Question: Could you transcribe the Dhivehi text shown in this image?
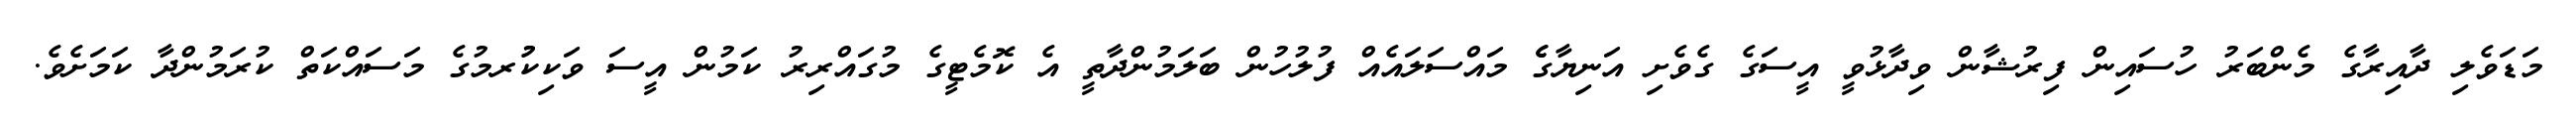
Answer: މަޑަވެލި ދާއިރާގެ މެންބަރު ހުސައިން ފިރުޝާން ވިދާޅުވީ އީސަގެ ގެވެށި އަނިޔާގެެ މައްސަލައެއް ފުލުހުން ބަލަމުންދާތީ އެ ކޮމެޓީގެ މުގައްރިރު ކަމުން އީސަ ވަކިކުުރމުގެ މަސައްކަތް ކުރަމުންދާ ކަމަށެވެ.